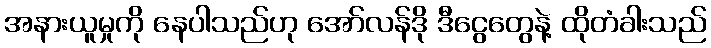
အနားယူမှုကို နေပါသည်ဟု အော်လန်ဒို ဒီငွေတွေနဲ့ ထိုတံခါးသည်